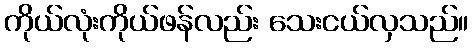
ကိုယ်လုံးကိုယ်ဖန်လည်း သေးငယ်လှသည်။